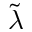
\tilde { \lambda }